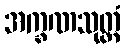
အက္ခဏသုတ္တံ